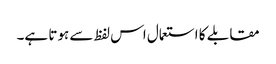
مقابلے کا استعمال اس لفظ سے ہوتا ہے۔